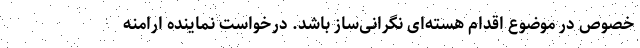
خصوص در موضوع اقدام هسته‌ای نگرانی‌ساز باشد. درخواست نماینده ارامنه